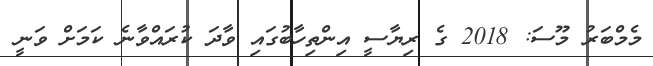
މެމްބަރު މޫސަ: 2018 ގެ ރިޔާސީ އިންތިހާބުގައި ވާދަ ކުރައްވާނެ ކަމަށް ވަނީ